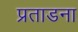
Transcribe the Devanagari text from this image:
प्रताडना